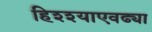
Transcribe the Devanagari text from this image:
हिश्श्याएवढ्या